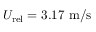
U _ { \mathrm { r e l } } = 3 . 1 7 ~ \mathrm { m / s }